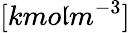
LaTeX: [kmo\mathfrak{l}m^{-3}]